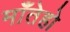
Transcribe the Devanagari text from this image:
माँतेहो